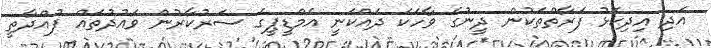
އަދި އިދިކޮޅު ފަރާތްތަކުން ދީނުގެ ވާހަކަ ދައްކަނީ އެމްޑީޕީގެ ސަރުކާރުން ވައުދުތައް ފުއްދާތީ